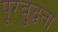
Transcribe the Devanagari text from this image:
पूरबुद्धता